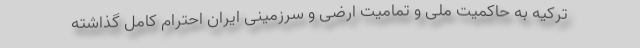
ترکیه به حاکمیت ملی و تمامیت ارضی و سرزمینی ایران احترام کامل گذاشته